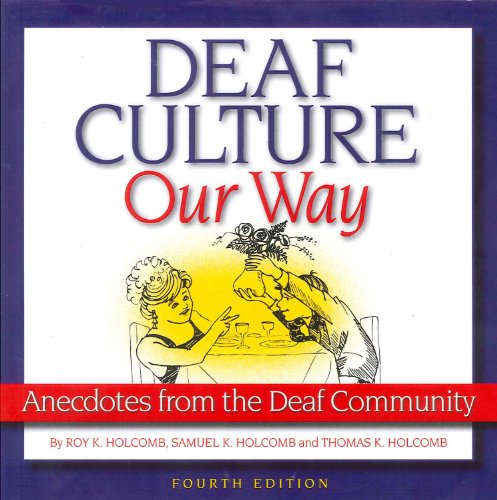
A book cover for Deaf Culture, Our Way: Anecdotes from the Deaf Community; Samuel K. Holcomb; Health, Fitness & Dieting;